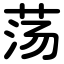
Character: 荡